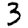
Digit: 3